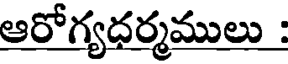
ఆరోగ్యధర్మములు